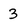
Character: 3